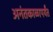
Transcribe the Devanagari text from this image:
अनंतकाळापर्यंत